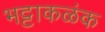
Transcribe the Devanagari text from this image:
भट्टाकळंक